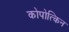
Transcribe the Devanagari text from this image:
कोपोत्किन